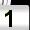
Digit: 1